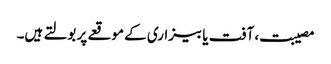
مصیبت، آفت یا بیزاری کے موقعے پر بولتے ہیں۔